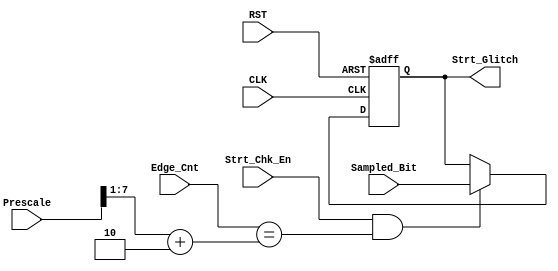
module UART_Rx_StrtChk (
    input       wire                     Strt_Chk_En,
    input       wire                     Sampled_Bit,
    input       wire        [7:0]        Prescale,
    input       wire        [7:0]        Edge_Cnt,
    input       wire                     CLK,  
    input       wire                     RST,
    output      reg                      Strt_Glitch
);

always @ (posedge CLK or negedge RST)
    begin
        if (!RST)
            Strt_Glitch <= 0;
        else
            begin
                if (Strt_Chk_En && (Edge_Cnt == ((Prescale >> 1) + 2)))
                    Strt_Glitch <= (Sampled_Bit != 0);
            end
    end


endmodule